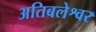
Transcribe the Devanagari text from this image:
अतिबलेश्वर